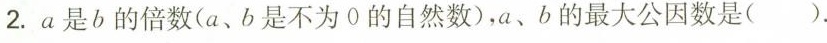
2.a是b的倍数(a、b是不为0的自然数)，a、b的最大公因数是()。